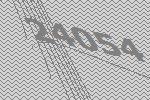
24054